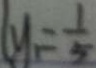
y _ { 1 } = \frac { 1 } { 5 }